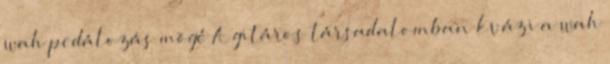
wah pedálozás mögé A gitáros társadalomban kvázi a wah